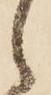
し